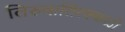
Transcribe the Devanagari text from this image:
तिरुवातिरक्कळी